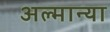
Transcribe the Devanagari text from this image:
अल्मान्या